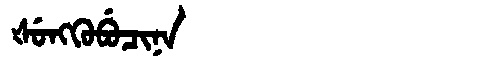
Manchu: ᡧᡠᠩᡴᡠᠪᡠᠴᡳᠨᠠ
Romanization: ŠUNGKUBUCINA